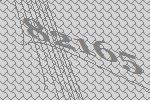
82165